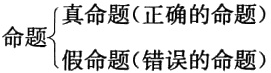
命题$\begin{cases}
\text{真命题(正确的命题)}\\
\text{假命题(错误的命题)}
\end{cases}$